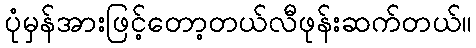
ပုံမှန်အားဖြင့်တော့တယ်လီဖုန်းဆက်တယ်။